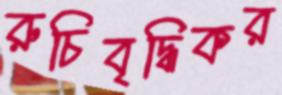
রুচিবৃদ্ধিকর